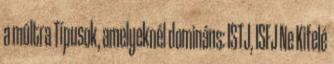
a múltra Típusok, amelyeknél domináns: ISTJ, ISFJ Ne Kifelé